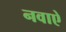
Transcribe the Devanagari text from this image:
नवाऐ